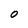
Character: O